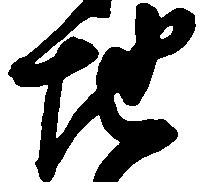
地